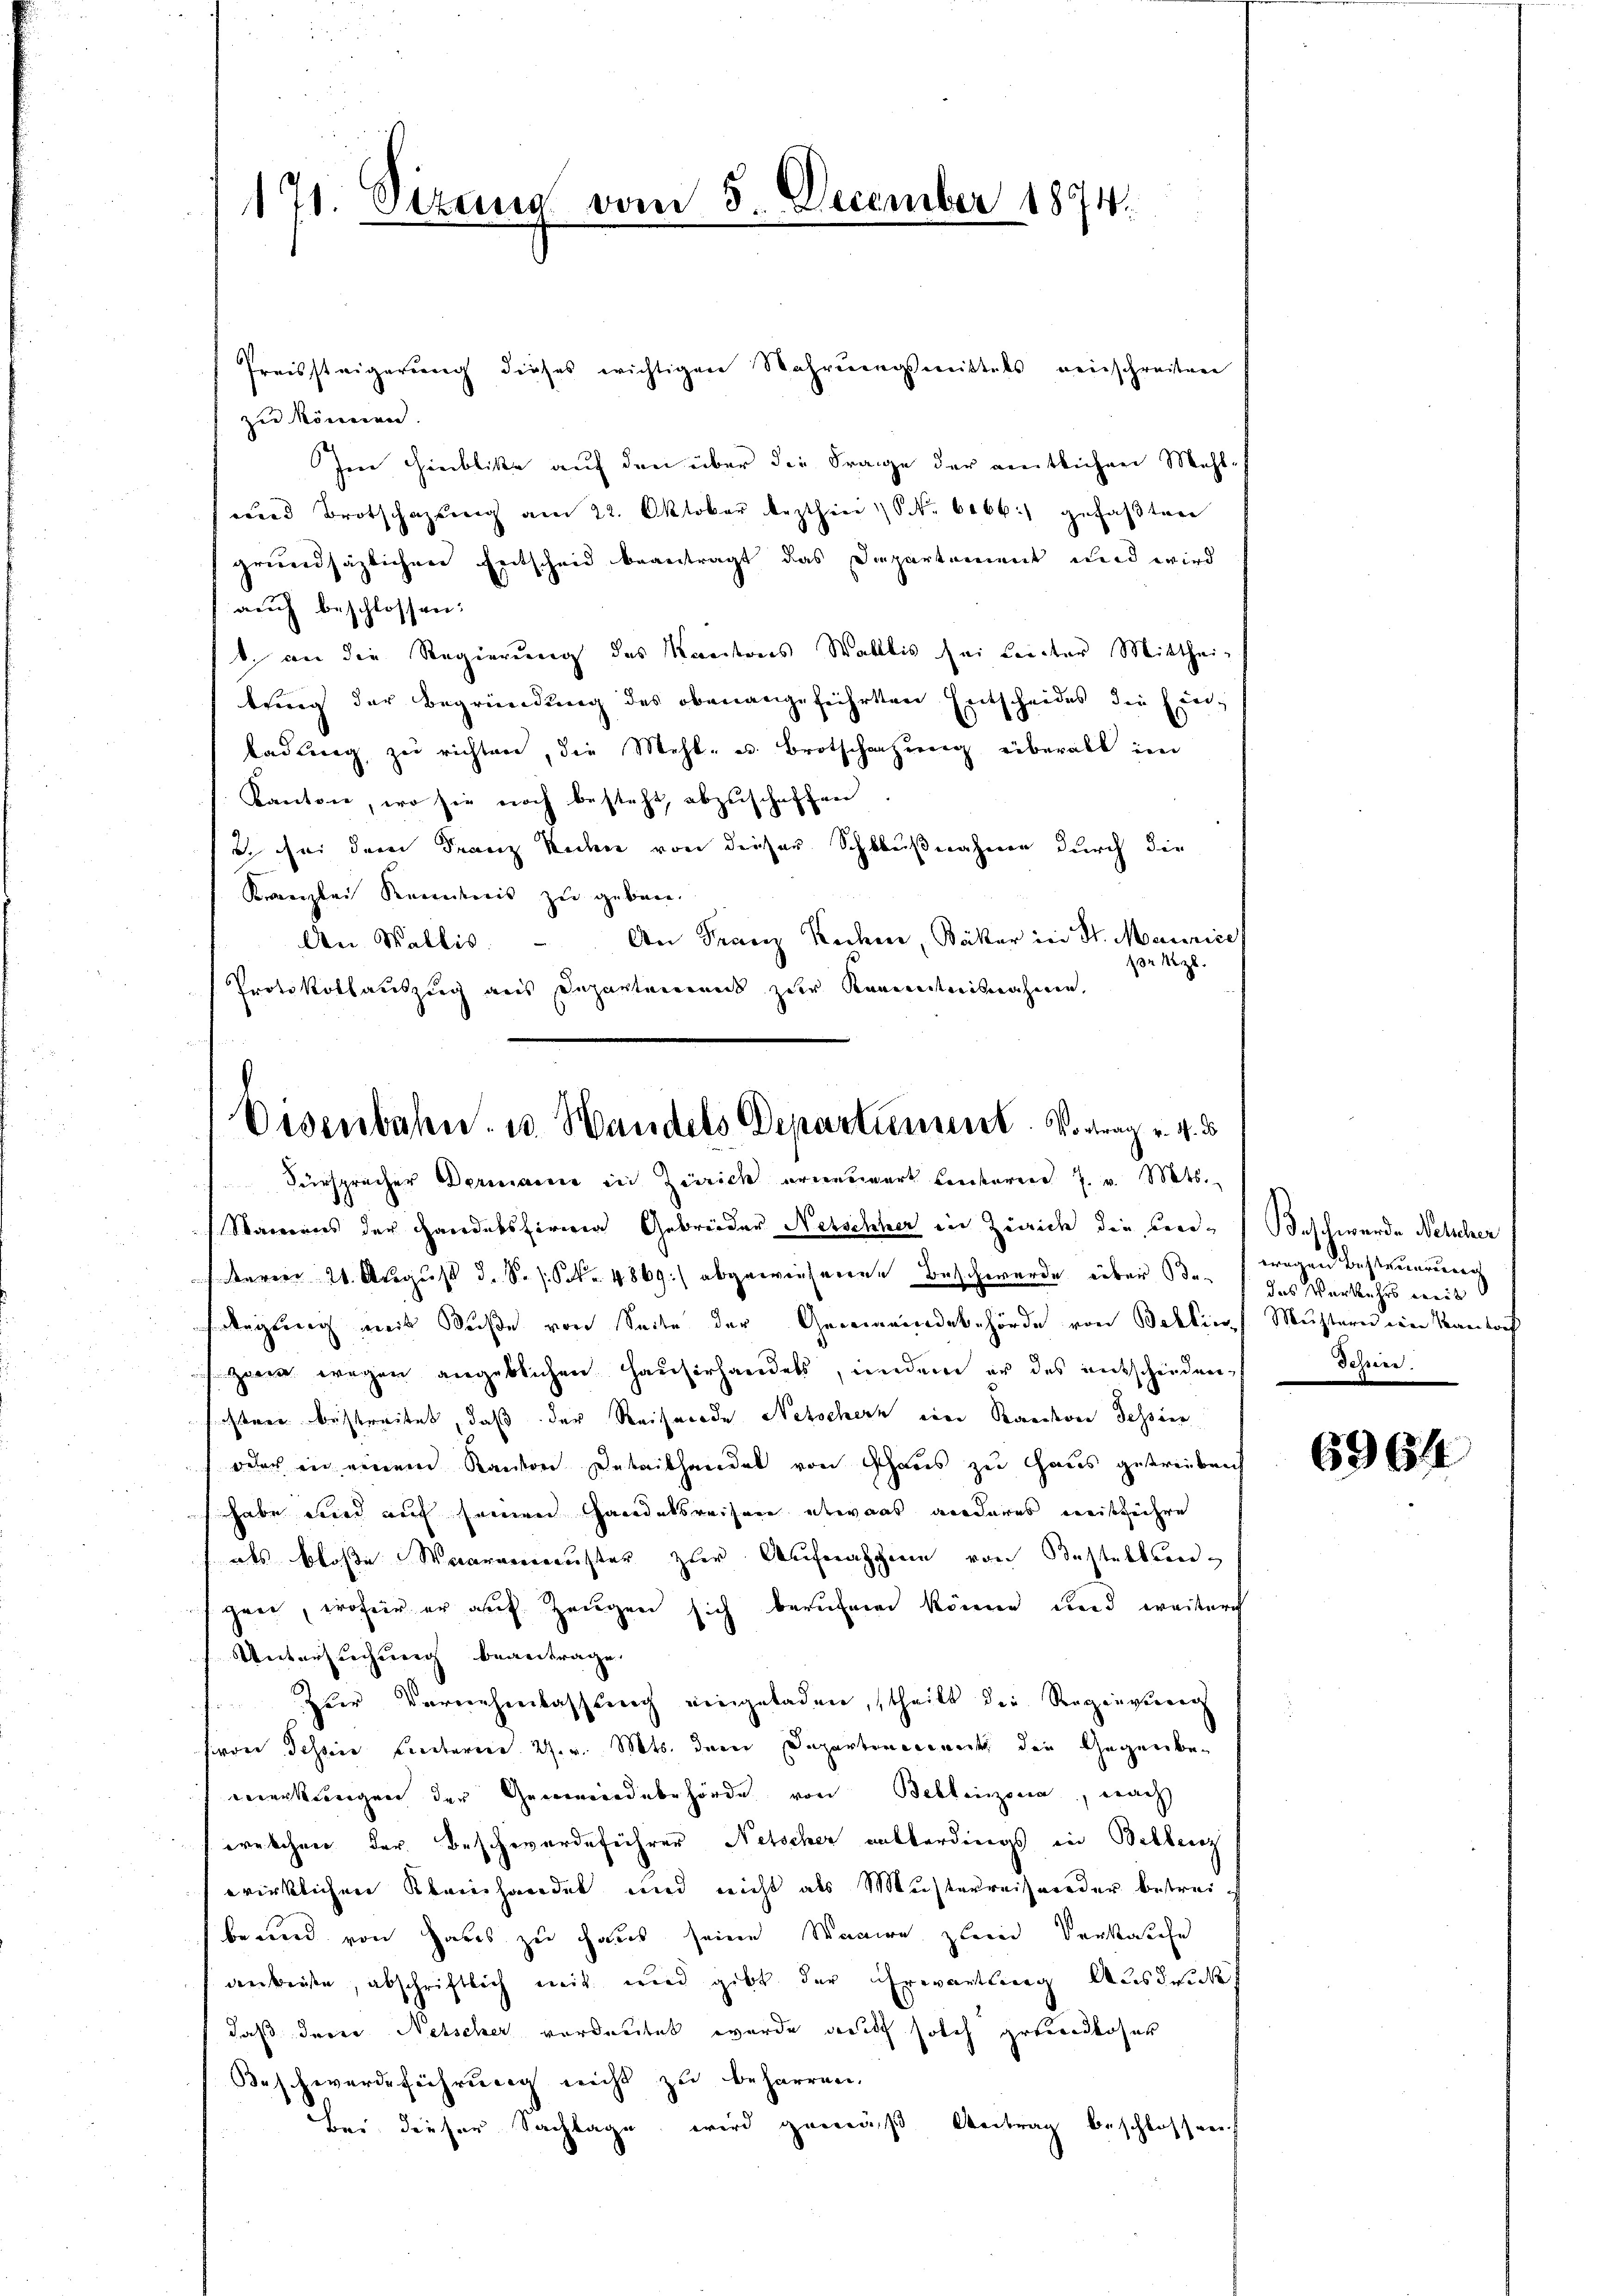
171. Situng vom 5. December 1874.

Preissteigerung dieses wichtigen Wahrungsmittels neuschreiben
zu können.
Im Hinblicke auf den über die Frage der amtlichen Mehlwird Brotschazung am 22. Oktober lezthier N. 6166) gefaβten
grundsätzlichere Entscheid beantragt das Departement und wird
auch beschlossen:
1. an die Regierung des Kantons Wallis sei Leicher Mitthei-
trug der Begründung des obenangeführten Entscheides die Ein-
ladung zu richten, die Mehl- u. Brotschazung überall im
Kanton, wo sie noch besteht, abzuschaffen
it sei dem Franz Reden von dieser Schlußnahme durch die
Kanzlei Kenntnis zu geben.
An Franz Kochen, Bäker in St. Maurice,
An Wallis.
pr z.
Protokollauszug aus Departemens zur Kenntnisnahmen.

Disenbahn- u. Handels Departiment. Vortrag v. 4. d.
Fürspracher Dermann in Zürich erneuert hinteren J. v. Mts.

Stammens der Paredakshireren Gebrüder Netschher in Zwaide die an¬
Baren 21. August d. S. s. S. 4869) abgewiesenene Beschwerde über den das Verkehrs weis
Regung mit Buße von Seite der Gemeindebehörde von Bellins Mustern ein Kantons
 zwei wegen angeblichen Hausirhandels, indem er des entscheiden,
chten bestreitet, daß der Reiserade Netschern eine Standeren Tessier
oder in einem Kantone dabeibhandel von Schaus zu Haus getreibeich
habe wird auf seinen Handelsreisen etwas anderes weisführe
als bloße Waarenmuster zur Aufnahme von Bestellungen, wofür er auf Zeugen sich berufenen könne und weiter
Untersuchung beantrage.
Zur Vernehmlassung eingeladen, theilt die Regingereg
(von Tessine Landterm 2. v. Mts. dem Departinen weit den Gegenbemerkungen der Gemeindebehörde von Bellinzona, nach
welchen der Beschwerdeführer Netscher allerdings in Bellenz
wirklichen Kleinhandel und nicht als Musterreisender bestreibeund von habes zu haus seine Waare glein Verkassche
verbeiste, abschriftlich mit und gibt der Ehrevanthung Ausdruck
daß derer Netscher vordeutet wurde auch solch gebendloser
Beschwerdeführung nicht zu beharren.
Bei dieser Sachlage, wird gemäß Antrag beschlossen.

Beschwerde Nelcher
wagen besteuerung
Fessen

6964